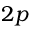
2 p